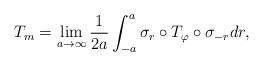
LaTeX: \begin{align*}T_m =\lim_{a\to \infty}\frac{1}{2a}\int_{-a}^{a} \sigma_{ r}\circ T_{\varphi} \circ \sigma_{-r} dr ,\end{align*}